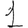
Digit: 1